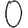
Digit: 0